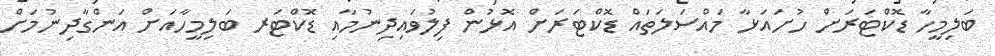
ބަލިމީހާ ޑޮކްޓަރަށް ހުށައަޅާ މައްސަލަތައް ޑޮކްޓަރަށް އޮޅުން ފިލުވައިދިނުމާއި ޑޮކްޓަރ ބަލިމީހާއަށް އަންގާދިނުމަށް